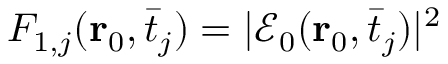
F _ { 1 , j } ( \mathbf { r } _ { 0 } , \bar { t } _ { j } ^ { } ) = | \mathcal { E } _ { 0 } ^ { } ( \mathbf { r } _ { 0 } , \bar { t } _ { j } ) | ^ { 2 }